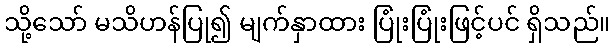
သို့သော် မသိဟန်ပြု၍ မျက်နှာထား ပြုံးပြုံးဖြင့်ပင် ရှိသည်။